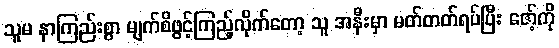
သူမ နာကြည်းစွာ မျက်စိဖွင့်ကြည့်လိုက်တော့ သူ အနီးမှာ မတ်တတ်ရပ်ပြီး ဇော့်ကို